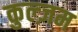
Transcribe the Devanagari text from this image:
कुल्ज़म